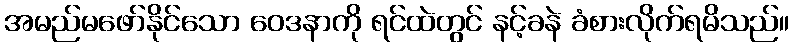
အမည်မဖော်နိုင်သော ဝေဒနာကို ရင်ထဲတွင် နင့်ခနဲ ခံစားလိုက်ရမိသည်။